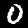
Digit: 0